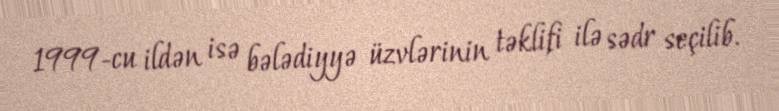
1999-cu ildən isə bələdiyyə üzvlərinin təklifi ilə sədr seçilib.